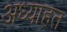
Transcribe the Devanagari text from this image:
अध्याहत